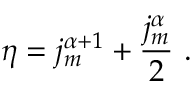
\eta = j _ { m } ^ { \alpha + 1 } + \frac { j _ { m } ^ { \alpha } } { 2 } \ .